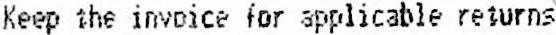
KEEP THE INVOICE FOR APPLICABLE RETURNS